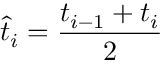
\hat { t } _ { i } = \frac { t _ { i - 1 } + t _ { i } } { 2 }